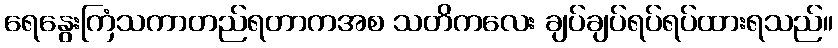
ရေနွေးကြံသကာတည်ရတာကအစ သတိကလေး ချပ်ချပ်ရပ်ရပ်ထားရသည်။